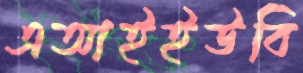
এআইইউবি